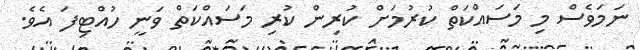
ނަމަވެސް މި މަސައްކަތް ކުރުމަށް ކުރިން ކުރި މަސައްކަތް ވަނީ ހުއްޓިފަ އެވެ.